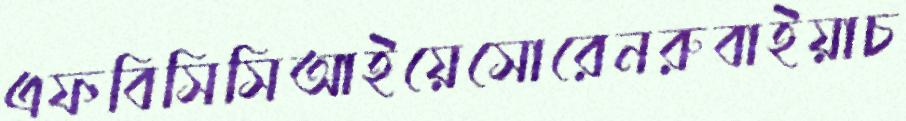
এফবিসিসিআইয়েসোরেনরুবাইয়াচ